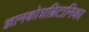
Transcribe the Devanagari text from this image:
ज्ञानकोशब्रिटानिका